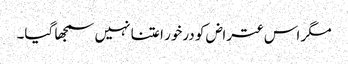
مگر اس عتراض کو درخور اعتنا نہیں سمجھا گیا۔